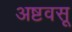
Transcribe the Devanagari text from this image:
अष्टवसू